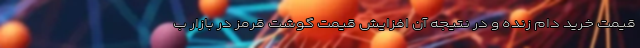
قیمت خرید دام زنده و در نتیجه آن افزایش قیمت گوشت قرمز در بازار ب